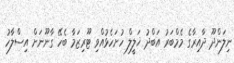
ނިލަންދޫ ދާއިރާގެ މެމްބަރު އަބްދު ޚަލީލް ހުށަހެޅުއްވި ޓޫރިޒަމާ ބެހޭ ގާނޫނަށް އިސްލާހު